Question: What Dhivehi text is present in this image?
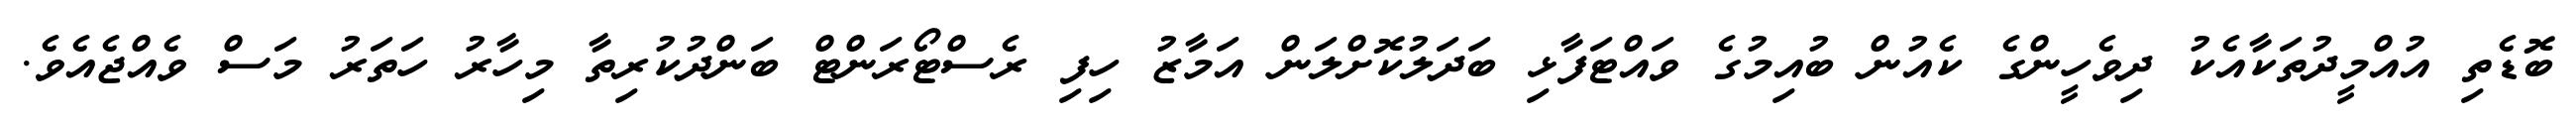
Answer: ބޮޑެތި އުއްމީދުތަކާއެކު ދިވެހީންގެ ކެއުން ބުއިމުގެ ވައްޓަފާޅި ބަދަލުކޮށްލަން އަމާޒު ހިފި ރެސްޓޯރަންޓް ބަންދުކުރިތާ މިހާރު ހަތަރު މަސް ވެއްޖެއެވެ.